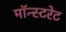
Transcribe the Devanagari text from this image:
मॉन्स्टरेट